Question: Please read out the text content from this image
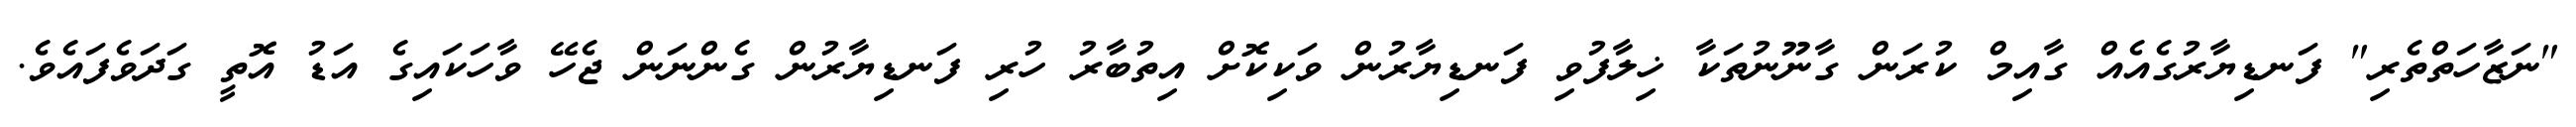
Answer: "ނަޒާހަތްތެރި" ފަނޑިޔާރުގެއެއް ގާއިމް ކުރަން ގާނޫނުތަކާ ޚިލާފުވި ފަނޑިޔާރުން ވަކިކޮށް އިތުބާރު ހުރި ފަނޑިޔާރުން ގެންނަން ޖެހޭ ވާހަކައިގެ އަޑު އޮތީ ގަދަވެފައެވެ.